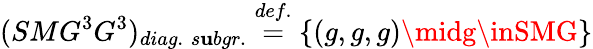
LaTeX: (SMG^{3}G^{3})_{diag.\; s\mathbf{u}bgr.}\stackrel{def.}{=}\{ (g,g,g)\midg\inSMG\}